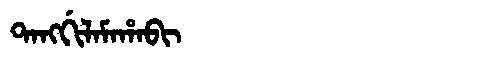
Manchu: ᡨᠠᠩᡤᡳᠯᠠᠮᠠᡥᠠᠪᡳ
Romanization: TANGGILAMAHABI